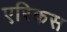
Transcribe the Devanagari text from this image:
एरिकस